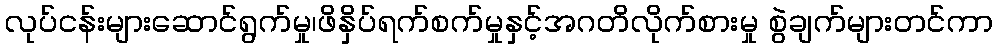
လုပ်ငန်းများဆောင်ရွက်မှု၊ဖိနှိပ်ရက်စက်မှုနှင့်အဂတိလိုက်စားမှု စွဲချက်များတင်ကာ